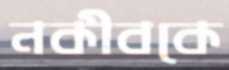
নকীবকে